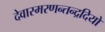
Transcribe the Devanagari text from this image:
देवास्मरणन्तन्द्रदियो